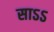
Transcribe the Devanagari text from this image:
साऽऽ